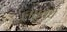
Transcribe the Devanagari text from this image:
लघुवर्ध